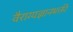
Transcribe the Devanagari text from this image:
वैराग्यज्ञानभक्ती